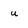
Character: u